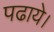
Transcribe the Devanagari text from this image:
पढाये।